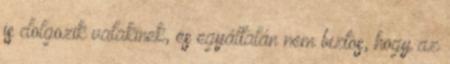
is dolgozik valakinek, és egyáltalán nem biztos, hogy az